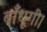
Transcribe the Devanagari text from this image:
बाँधूगी।